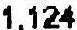
1,124